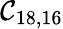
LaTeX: \mathcal{C}_{18,16}